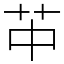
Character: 𦬕